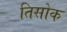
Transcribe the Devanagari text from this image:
तिसोक